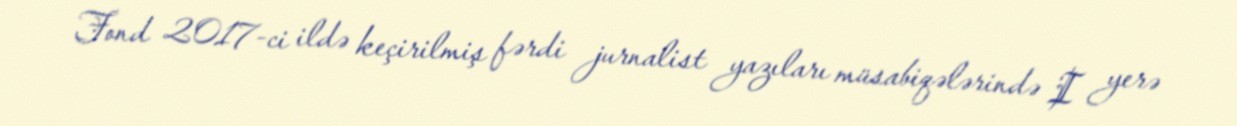
Fond 2017-ci ildə keçirilmiş fərdi jurnalist yazıları müsabiqələrində I yerə